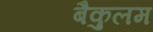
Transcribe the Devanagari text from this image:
बैकुलम